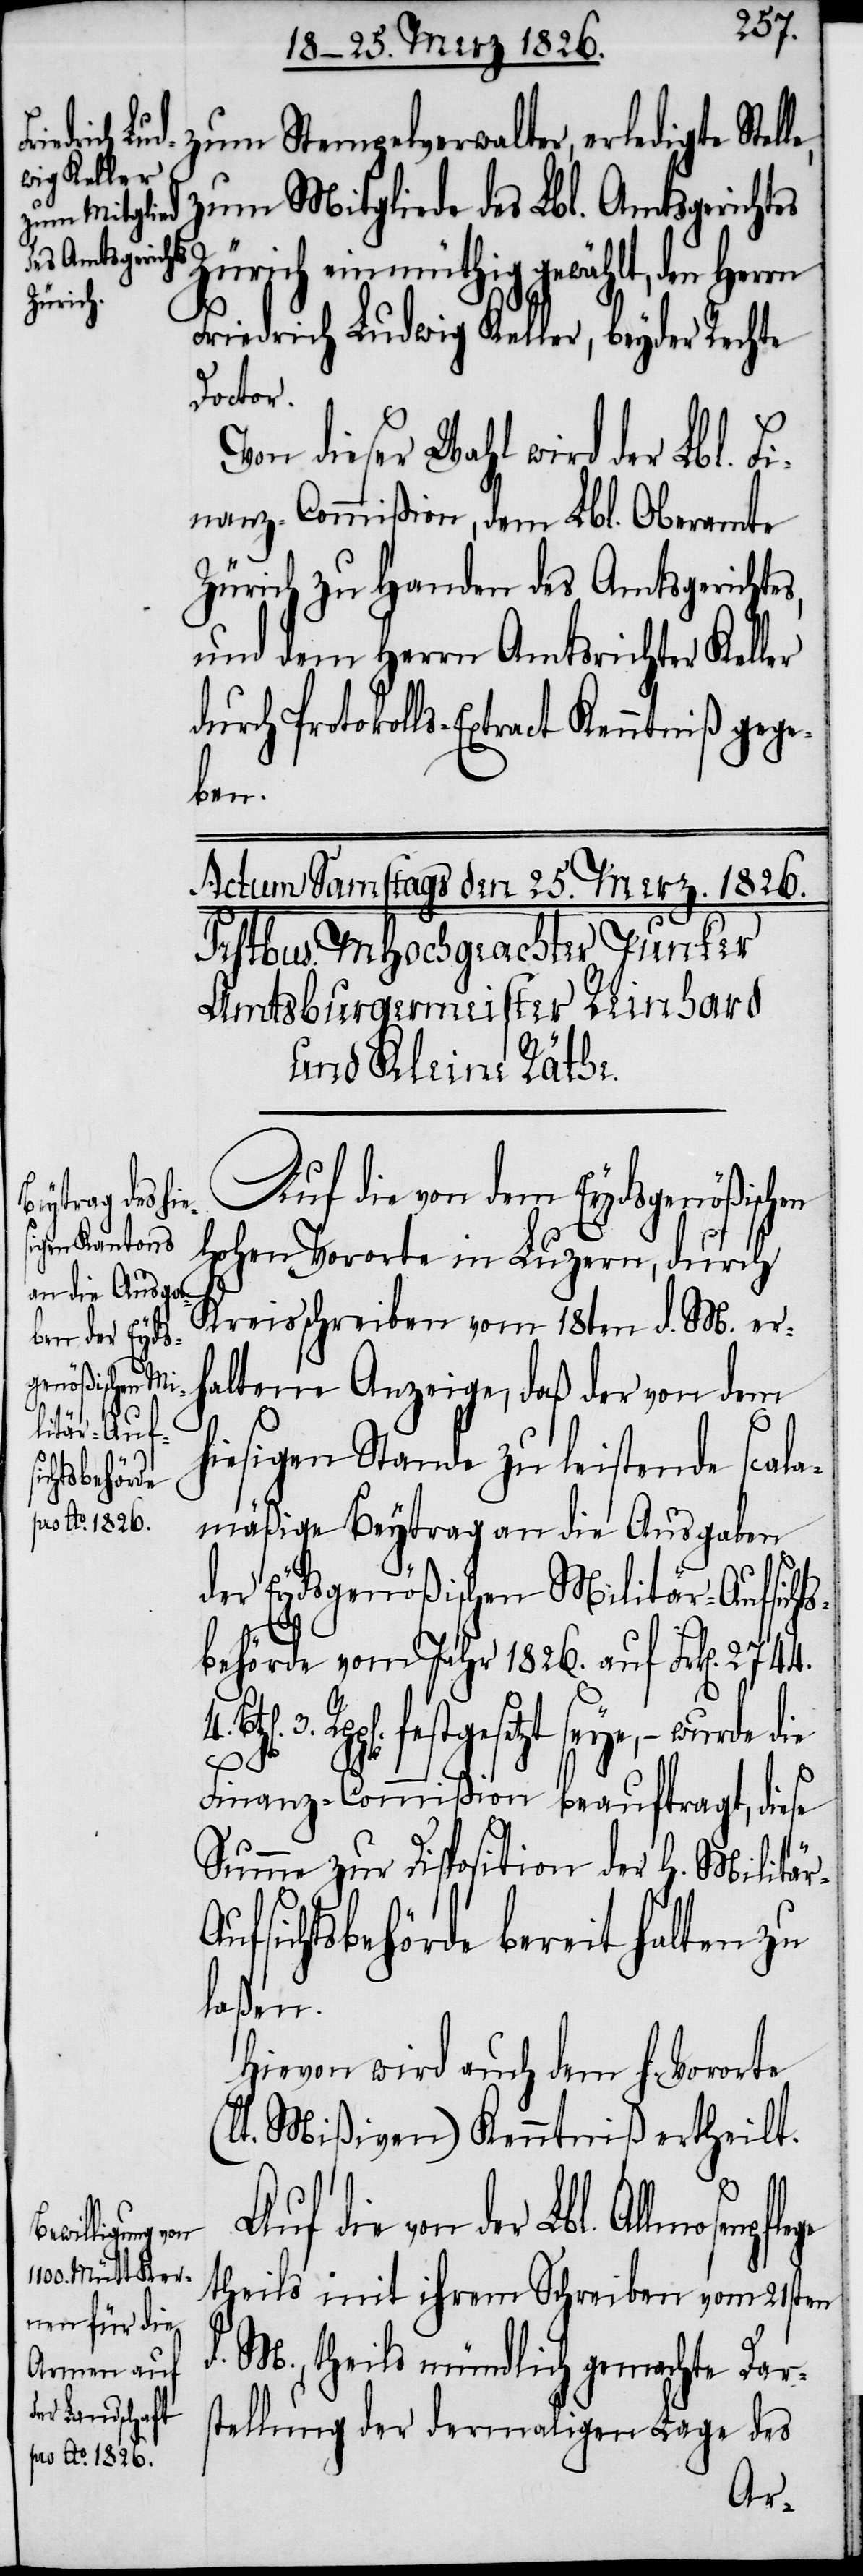
zum Stempelverwalter, erledigte Stel¬
zum Mitgliede des Lbl. Amtsgerichtes
Zürich einmüthig gewählt, den
Friedrich Ludwig Keller, beyder Rechte
Doctor.
Von dieser Wahl wird der Lbl. Fi¬
nanz-Commißion, dem Lbl. Oberamte
Zürich zu Handen des Amtsgerichte¬
und dem Herrn Amtsrichter Keller
durch Protokolls-Extract Kenntniß gege¬
ben.
Auf die von dem Eydsgenößischen
Hohen Vororte in Luzern, durch
Kreisschreiben vom 18ten d. M. er¬
haltene Anzeige, daß der von dem
(l¬
hiesigen Stande zu leistende scala¬
mäßige Beytrag an die Ausgaben
der Eydsgenößischen Militär-Aufsicht¬
sbehörde vom Jahr 1826. auf Frk[en].
p[en]. festgesetzt seye, – wurde die
r-A¬
Finanz-Commißion beauftragt, diese
Summe zur Disposition der h. Militä¬
ufsichtsbehörde bereit halten zu
laßen.
Hievon wird auch dem h. Vororte
t. Mißiven) Kenntniß ertheilt.
Auf die von der Lbl.
theils mit ihrem Schreiben vom 21sten
d. M., theils mündlich gemachte Dars¬
tellung der dermaligen Lage des